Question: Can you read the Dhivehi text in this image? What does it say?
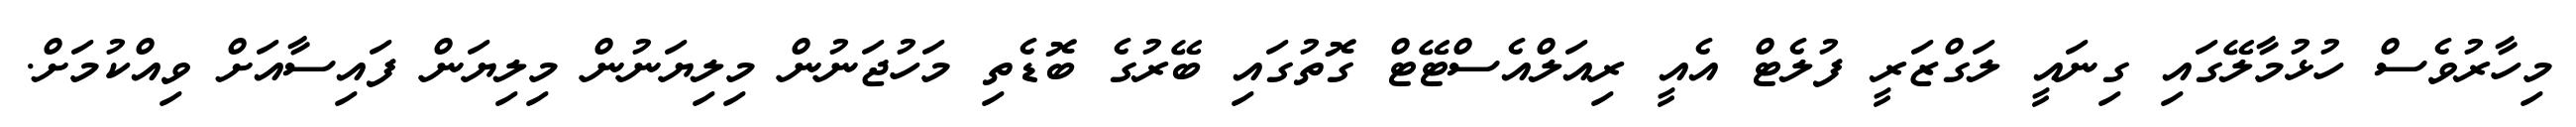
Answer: މިހާރުވެސް ހުޅުމާލޭގައި ގިނައީ ލަގްޒަރީ ފުލެޓް އެއީ ރިއަލްއެސްޓޭޓް ގޮތުގައި ބޭރުގެ ބޮޑެތި މަހުޖަނުން މިލިޔަނުން މިލިޔަން ފައިސާއަށް ވިއްކުމަށް.